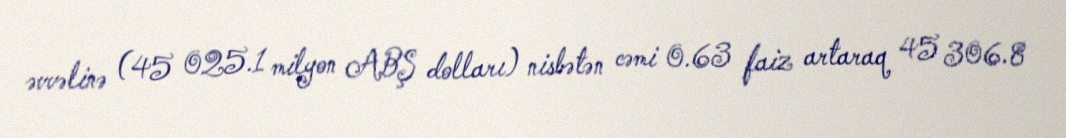
əvvəlinə (45 025.1 milyon ABŞ dolları) nisbətən cəmi 0.63 faiz artaraq 45 306.8